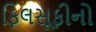
ફિલસૂફીનો